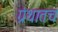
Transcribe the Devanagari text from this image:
ग्रंथातच